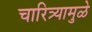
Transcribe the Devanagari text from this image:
चारित्र्यामुळे